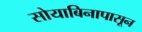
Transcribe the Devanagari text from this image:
सोयाबिनापासून